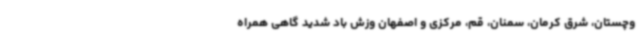
وچستان، شرق کرمان، سمنان، قم، مرکزی و اصفهان وزش باد شدید گاهی همراه